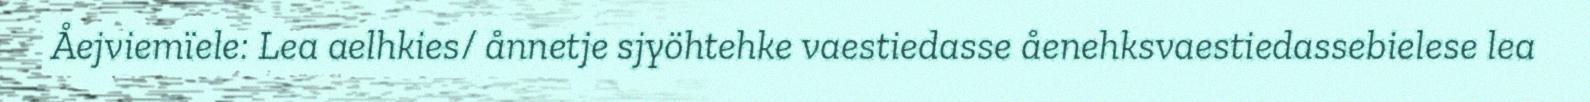
Åejviemïele: Lea aelhkies/ ånnetje sjyöhtehke vaestiedasse åenehksvaestiedassebielese lea